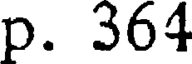
p. 364